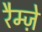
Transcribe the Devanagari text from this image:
रैम्ज़े